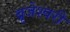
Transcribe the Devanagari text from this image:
ब्रृजेश्वरी